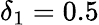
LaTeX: \delta_{1}=0.5